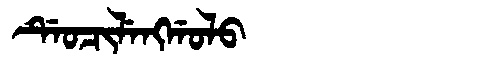
Manchu: ᡩᡝᠣᠴᡳᠯᡝᠩᡤᠣᠯᠣ
Romanization: DEOCILENGGOLO